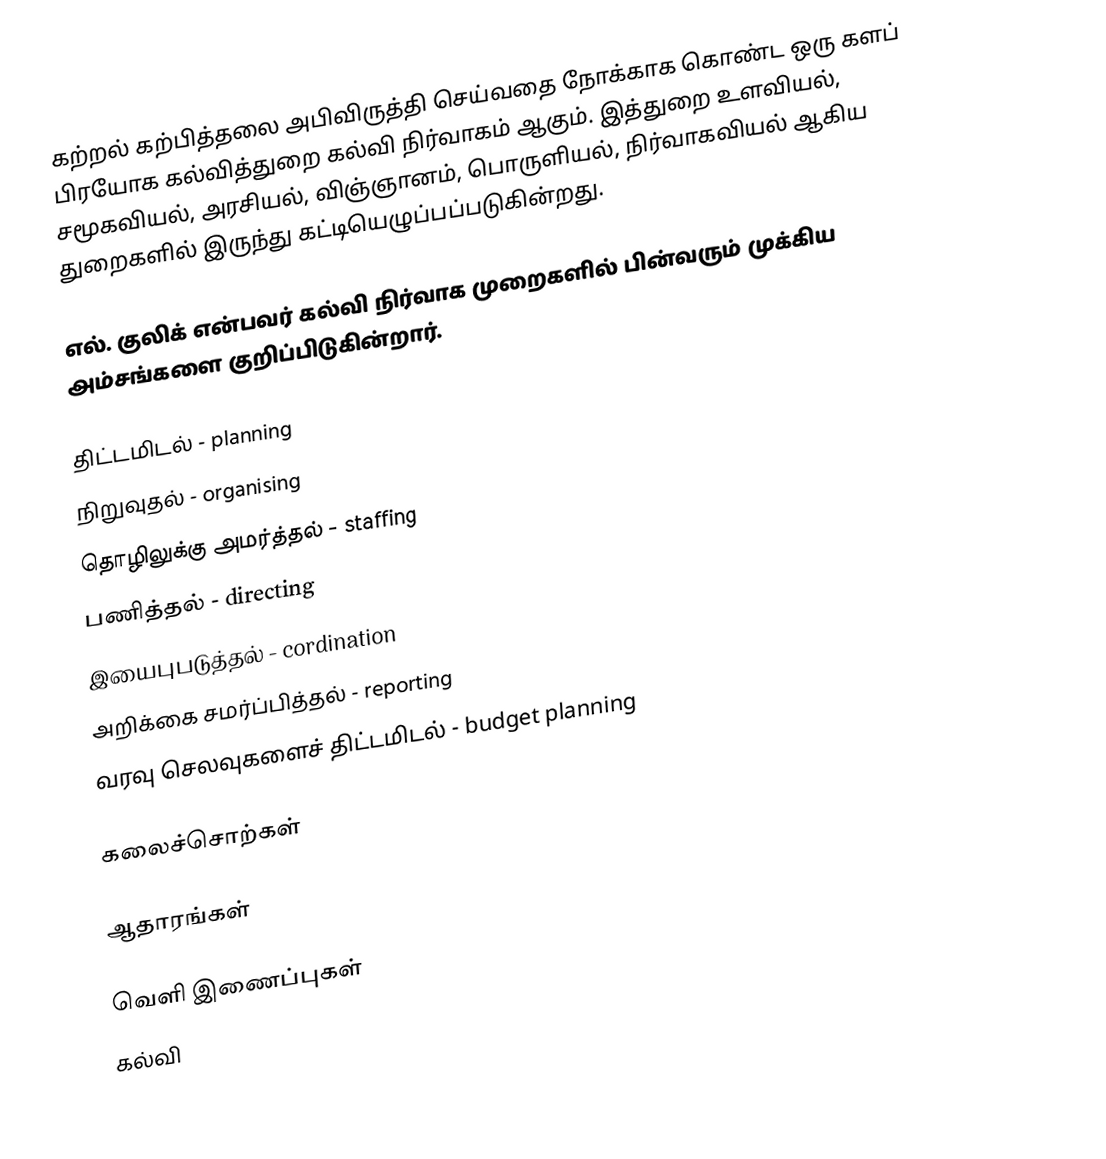
கற்றல் கற்பித்தலை அபிவிருத்தி செய்வதை நோக்காக கொண்ட ஒரு களப் பிரயோக கல்வித்துறை கல்வி நிர்வாகம் ஆகும்.  இத்துறை உளவியல், சமூகவியல், அரசியல், விஞ்ஞானம், பொருளியல், நிர்வாகவியல் ஆகிய துறைகளில் இருந்து கட்டியெழுப்பப்படுகின்றது.

எல். குலிக் என்பவர் கல்வி நிர்வாக முறைகளில்  பின்வரும் முக்கிய அம்சங்களை குறிப்பிடுகின்றார்.

 திட்டமிடல் - planning
 நிறுவுதல் - organising
 தொழிலுக்கு அமர்த்தல் - staffing
 பணித்தல் - directing
 இயைபுபடுத்தல் - cordination
 அறிக்கை சமர்ப்பித்தல் - reporting
 வரவு செலவுகளைச் திட்டமிடல் - budget planning

கலைச்சொற்கள்

ஆதாரங்கள்

வெளி இணைப்புகள்
கல்வி